Bombay plague: being a history of the progress of plague in the Bombay presidency from September 1896 to June 1899
Year: 1896
Disease focus: Plague
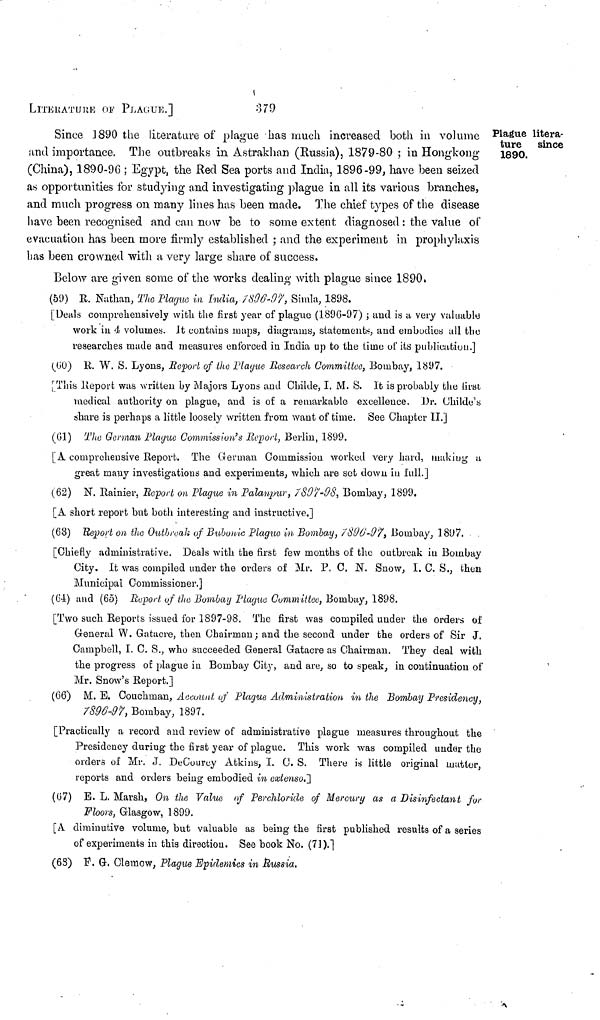
LITERATURE OF PLAGUE.]
379
Plague litera-
ture since
1890.
Since 1890 the literature of plague has much increased both in volume
and importance. The outbreaks in Astrakhan (Russia), 1879-80 ; in Hongkong
(China), 1890-96 ; Egypt, the Red Sea ports and India, 1896-99, have been seized
as opportunities for studying and investigating plague in all its various branches,
and much progress on many lines has been made. The chief types of the disease
have been recognised and can now be to some extent diagnosed : the value of
evacuation has been more firmly established ; and the experiment in prophylaxis
has been crowned with a very large share of success.
Below are given some of the works dealing with plague since 1890.
(59) R. Nathan, The Plague in India, 1896-97, Simla, 1898.
[Deals comprehensively with the first year of plague (1896-97) ; and is a very valuable
work in 4 volumes. It contains maps, diagrams, statements, and embodies all the
researches made and measures enforced in India up to the time of its publication.]
(60) R. W. S. Lyons, Report of the Plague Research Committee, Bombay, 1897.
[This Report was written by Majors Lyons and Childe, I. M. S. It is probably the first
medical authority on plague, and is of a remarkable excellence. Dr. Childe's
share is perhaps a little loosely written from want of time. See Chapter II.]
(61) The German Plague Commission's Report, Berlin, 1899.
[A comprehensive Report. The German Commission worked very hard, making a
great many investigations and experiments, which are set down in full.]
(62) N. Rainier, Report on Plague in Palanpur, 1897-98 Bombay, 1899.
[A short report but both interesting and instructive.]
(63) Report on the Outbreak of Bubonic Plague in Bombay, 1896-97, Bombay, 1897.
[Chiefly administrative. Deals with the first few months of the outbreak in Bombay
City. It was compiled under the orders of Mr. P. C. N. Snow, I. C. S., then
Municipal Commissioner.]
(64) and (65) Report of the Bombay Plague Committee, Bombay, 1898.
[Two such Reports issued for 1897-98. The first was compiled under the orders of
General W. Gatacre, then Chairman ; and the second under the orders of Sir J.
Campbell, I. C. S., who succeeded General Gatacre as Chairman. They deal with
the progress of plague in Bombay City, and are, so to speak, in continuation of
Mr. Snow's Report.]
(66) M. E. Couchman, Account of Plague Administration in the Bombay Presidency,
1896-97, Bombay, 1897.
[Practically a record and review of administrative plague measures throughout the
Presidency during the first year of plague. This work was compiled under the
orders of Mr. J. DeCourcy Atkins, I. C. S. There is little original matter,
reports and orders being embodied in extenso.]
(67) E. L. Marsh, On the Value of Perchloride of Mercury as a Disinfectant for
Floors, Glasgow, 1899.
[A diminutive volume, but valuable as being the first published results of a series
of experiments in this direction. See book No. (71).]
(68) F. G. Clemow, Plague Epidemics in Russia.